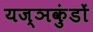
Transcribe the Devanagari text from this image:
यज्ञकुंडों